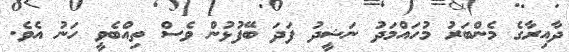
ދާއިރާގެ މެންބަރު މުހައްމަދު ނަޝީދު ފަދަ ބޭފުޅުން ވެސް ތިއްބެވީ ހަނު އެވެ.